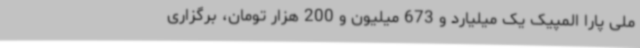
ملی پارا المپیک یک میلیارد و 673 میلیون و 200 هزار تومان، برگزاری